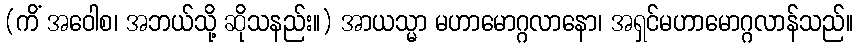
(ကိံ အဝေါစ၊ အဘယ်သို့ ဆိုသနည်း။) အာယသ္မာ မဟာမောဂ္ဂလာနော၊ အရှင်မဟာမောဂ္ဂလာန်သည်။